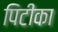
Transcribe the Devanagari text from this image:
पिटीका